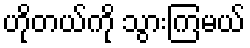
ဟိုတယ်ကို သွားကြမယ်